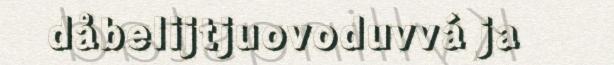
dåbelijtjuovoduvvá ja